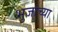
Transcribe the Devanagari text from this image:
भुजाच्या